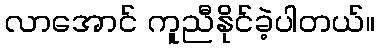
လာအောင် ကူညီနိုင်ခဲ့ပါတယ်။